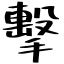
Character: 擊